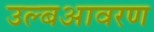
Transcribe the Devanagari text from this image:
उल्बआवरण